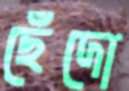
ছেঁদো